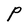
Character: P